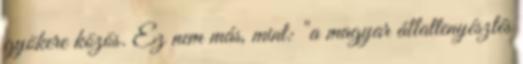
gyökere közös. Ez nem más, mint: "a magyar állattenyésztés